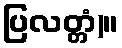
ပြလတ္တံ)။